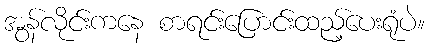
အွန်လိုင်းကနေ စာရင်းပြောင်းထည့်ပေးရုံပဲ။